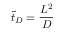
\tilde { t } _ { D } = \frac { L ^ { 2 } } { D }